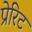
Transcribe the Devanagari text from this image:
प्रेरिट